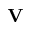
\textbf { V }